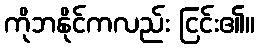
ကိုဘနိုင်ကလည်း ငြင်း၏။